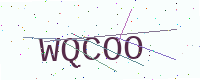
Text: WQCOO